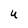
Character: U